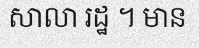
សាលា រដ្ឋ ។ មាន